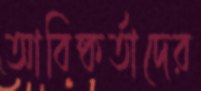
আবিষ্কর্তাদের